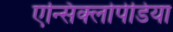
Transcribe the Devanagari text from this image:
एन्सिक्लोपेडिया